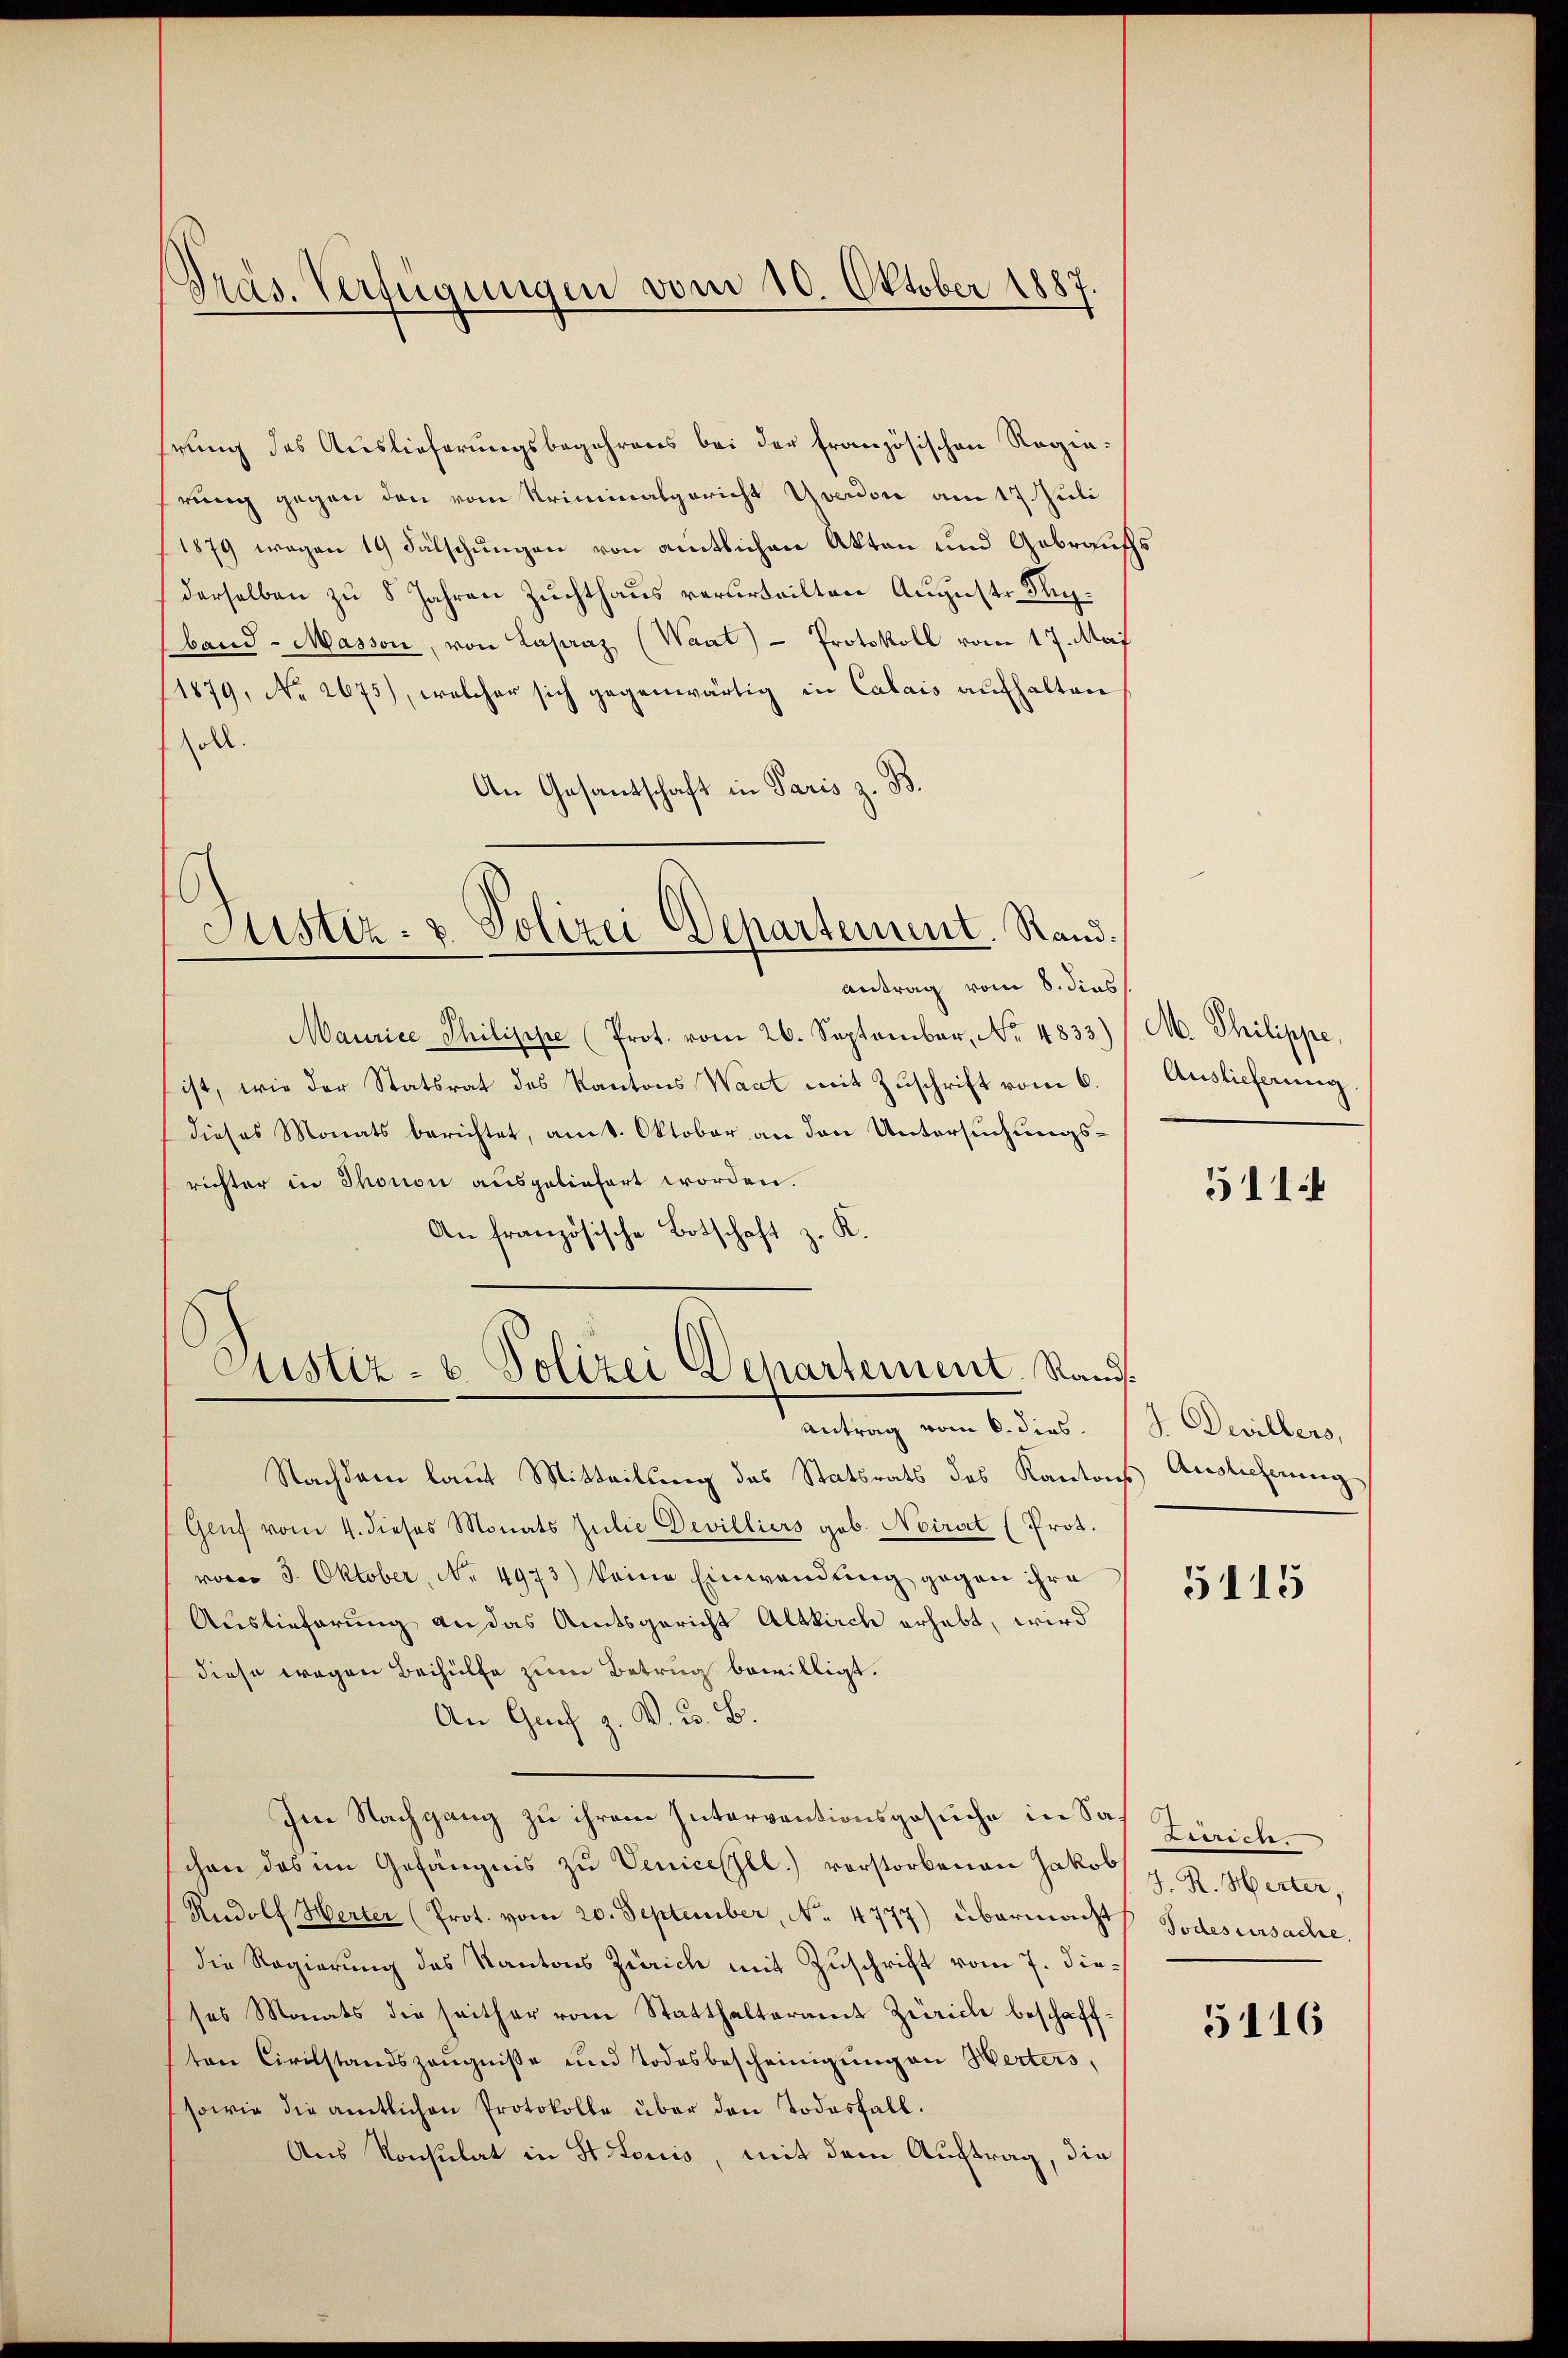
Präs. Verfügungen vom 10. Oktober 1887

hrung des Auslieferungsbegehrens bei der französischen Regierung gegen den vom Kriminalgericht Yverdon am 17. Juli
1879 wegen 19 Fälschungen von amtlichen Akten und Gebrauchs
derselben zu 8 Jahren Zuchthaus verurteilten August Sepband - Masson, von Lasaaz (Waat) — Protokoll vom 17. Mai
11879, No 2675), welcher sich gegenwärtig in Calais aufhalten
soll.
An Gesantschaft in Paris z. B.

Maurice Philippe (Prot. vom 26. September, No. 4833)
ist, wie der Statsrat des Kantons Waat mit Zuschrift vom 6.
dieses Monats berichtet, am 1. Oktober an den Untersuchungsrichter in Thonon ausgeliefert worden.
An französische Botschaft z. K.

Justiz- & Polizei Departement. Rand.

antrag vom 8. dies

Justiz- u. Polizei Departement. Stand
Antrag vom 6. dies.

Nachdem laut Mitteilung des Statsrats des Kantons Auslicherung
Genf vom 4. dieses Monats Julie Devilliers geb. Neirat (Prot.
vover 3. Oktober, No. 4973) keine Einwendung gegen ihre
Auslieferung an das Amtsgericht Altkirch erhebt, wird
diese wegen Beihülfe zum Betrug bewilligt.
An Graf z. V. B. B.
Im Nachgang zu ihrem Interventionsgesuche in Sachen das im Gefängnis zu Venicessel) vorstorbenen Jakob
Rudolf Herter (Prot. vom 20. September, No. 4777) übermacht Todesursache.
die Regierung des Kantons Zürich mit Zuschrift vom 7. dieses Monats die seither vom Statthalteramt Zürich beschafften Civilstandszeugnisse und Todesbescheinigung an Werters,
sowie die amtlichen Protokolle über den Todesfall.
Aus Konsulat in St. Louis, mit dem Auftrag, die

M. Philippe.
Auslieferung.

511.

J. Devillers,

5115

Eiwriste
J. R. Herter,

5116